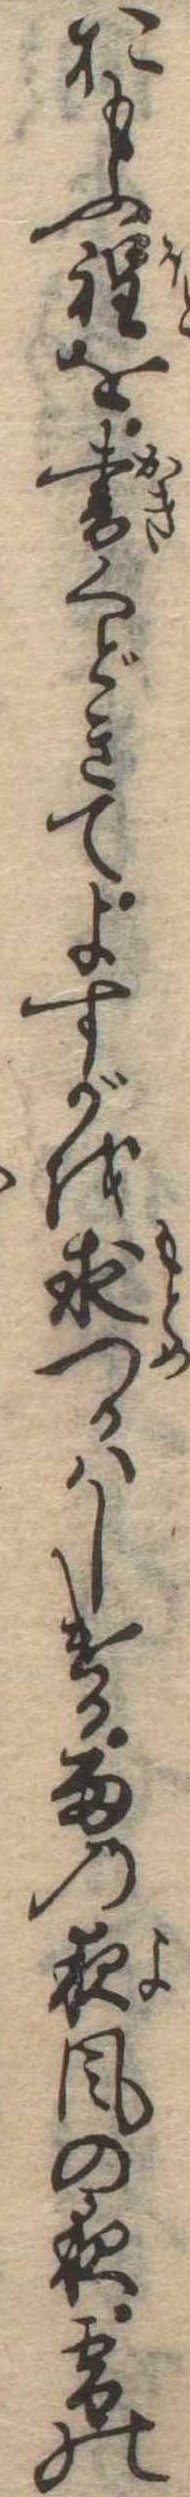
おもふ程を書くどきてよすがを求つかはしける雨の夜風の夜雪の